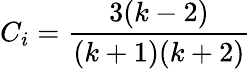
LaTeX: C_{i}=\frac{3(k-2)}{(k+1)(k+2)}